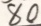
8 0